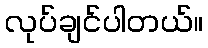
လုပ်ချင်ပါတယ်။